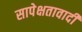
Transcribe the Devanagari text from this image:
सापेक्षतावादी